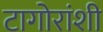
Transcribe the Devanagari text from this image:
टागोरांशी